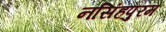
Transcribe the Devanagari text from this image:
नसिंहपुरम